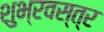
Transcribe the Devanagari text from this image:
शुभ्रवस्त्र